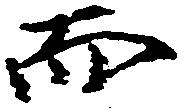
而